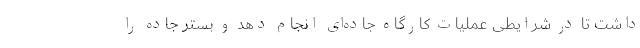
داشت تا در شرایطی عملیات کارگاه جاده‌ای انجام دهد و بستر جاده را